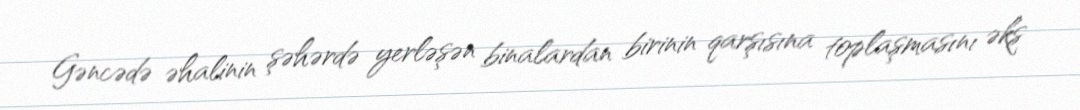
Gəncədə əhalinin şəhərdə yerləşən binalardan birinin qarşısına toplaşmasını əks